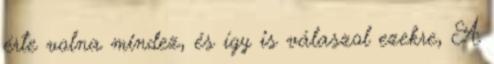
érte volna mindez, és így is válaszol ezekre, A